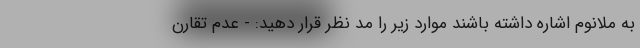
به ملانوم اشاره داشته باشند موارد زیر را مد نظر قرار دهید: - عدم تقارن